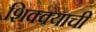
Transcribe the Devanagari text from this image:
शिक्क्याची